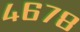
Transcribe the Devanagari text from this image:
४६७८